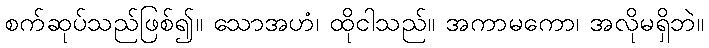
စက်ဆုပ်သည်ဖြစ်၍။ သောအဟံ၊ ထိုငါသည်။ အကာမကော၊ အလိုမရှိဘဲ။